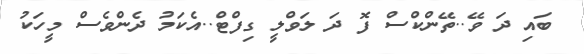
ބައި ދަ ވޭ..ތޭންކްސް ފޮ ދަ ލަވްލީ ގިފްޓް..އެކަމު ދެންވެސް މީހަކު